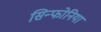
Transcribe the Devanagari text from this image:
सिन्फोनिया